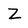
Character: Z